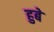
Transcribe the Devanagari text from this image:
हुबे